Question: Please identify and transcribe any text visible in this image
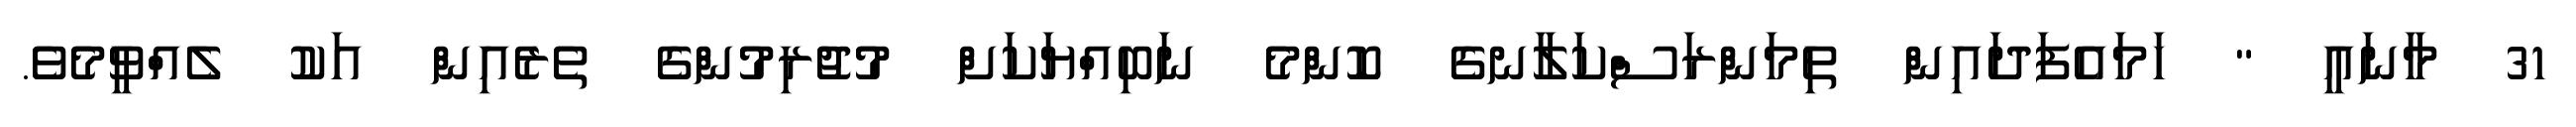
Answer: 31 މާނައީ " ހަމައެފަދައިން ތިމަންރަސްކަލާނގެ ކޮންމެ ނަބިއްޔަކަށް މުޖުރިމުންގެ ތެރެއިން އަކު ލެއްވީމެވެ.